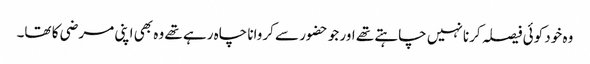
وہ خود کوئی فیصلہ کرنا نہیں چاہتے تھے اور جو حضور سے کروانا چاہ رہے تھے وہ بھی اپنی مرضی کا تھا۔